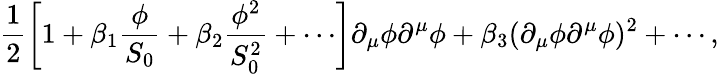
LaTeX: {\frac{1}{2}}\biggl[1+\beta_{1}{\frac{\phi}{S_{0}}}+\beta_{2}{\frac{\phi^{2}}{S_{0}^{2}}}+\cdots\biggr]\partial_{\mu}\phi\partial^{\mu}\phi+\beta_{3}(\partial_{\mu}\phi\partial^{\mu}\phi)^{2}+\cdots,